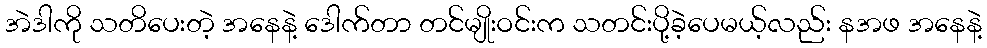
အဲဒါကို သတိပေးတဲ့ အနေနဲ့ ဒေါက်တာ တင်မျိုးဝင်းက သတင်းပို့ခဲ့ပေမယ့်လည်း နအဖ အနေနဲ့